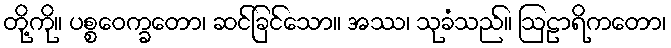
တို့ကို။ ပစ္စဝေက္ခတော၊ ဆင်ခြင်သော။ အဿ၊ သုခံသည်။ ဩဠာရိကတော၊